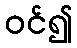
ဝင်၍